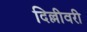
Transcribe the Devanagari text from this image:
दिल्लीवरी